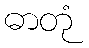
ဓာတုံ